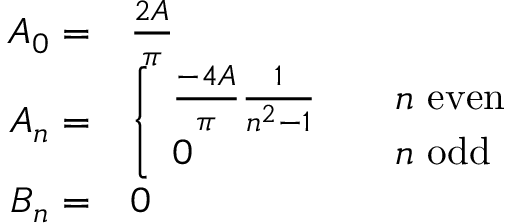
{ \begin{array} { r l } { A _ { 0 } = } & { { \frac { 2 A } { \pi } } } \\ { A _ { n } = } & { { \left\{ \begin{array} { l l } { { \frac { - 4 A } { \pi } } { \frac { 1 } { n ^ { 2 } - 1 } } } & { \quad n { \mathrm { ~ e v e n } } } \\ { 0 } & { \quad n { \mathrm { ~ o d d } } } \end{array} \right. } } \\ { B _ { n } = } & { 0 } \end{array} }